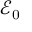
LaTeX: { \mathcal { E } } _ { 0 }